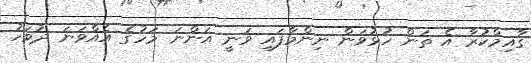
ގާއިމްކުރާ އެ ތަން ހުޅުވަން ނިންމާފައި ވަނީ އަންނަ މަހުގެ އެއްވަނަ ދުވަހު